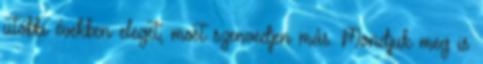
utóbbi években eleget, most szenvedjen más. Mondjuk meg is